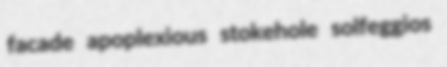
facade apoplexious stokehole solfeggios